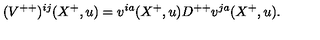
( { V } ^ { + + } ) ^ { i j } ( X ^ { + } , u ) = v ^ { i a } ( X ^ { + } , u ) D ^ { + + } v ^ { j a } ( X ^ { + } , u ) .